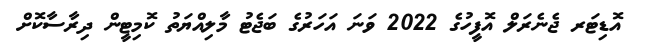
އޮޑިޓަރ ޖެނެރަލް އޮފީހުގެ 2022 ވަނަ އަހަރުގެ ބަޖެޓު މާލިއްޔަތު ކޮމިޓީން ދިރާސާކޮށް